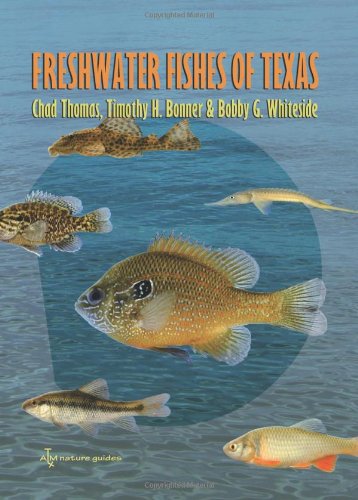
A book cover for Freshwater Fishes of Texas: A Field Guide (River Books, Sponsored by The Meadows Center for Water and the Environment, Texa); Chad Thomas; Science & Math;